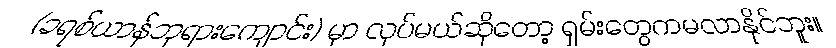
(ခရစ်ယာန်ဘုရားကျောင်း) မှာ လုပ်မယ်ဆိုတော့ ရှမ်းတွေကမလာနိုင်ဘူး။